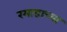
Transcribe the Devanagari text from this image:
रमाडाच्या